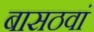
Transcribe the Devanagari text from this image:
बासठवां